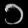
Digit: ၁